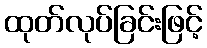
ထုတ်လုပ်ခြင်းဖြင့်